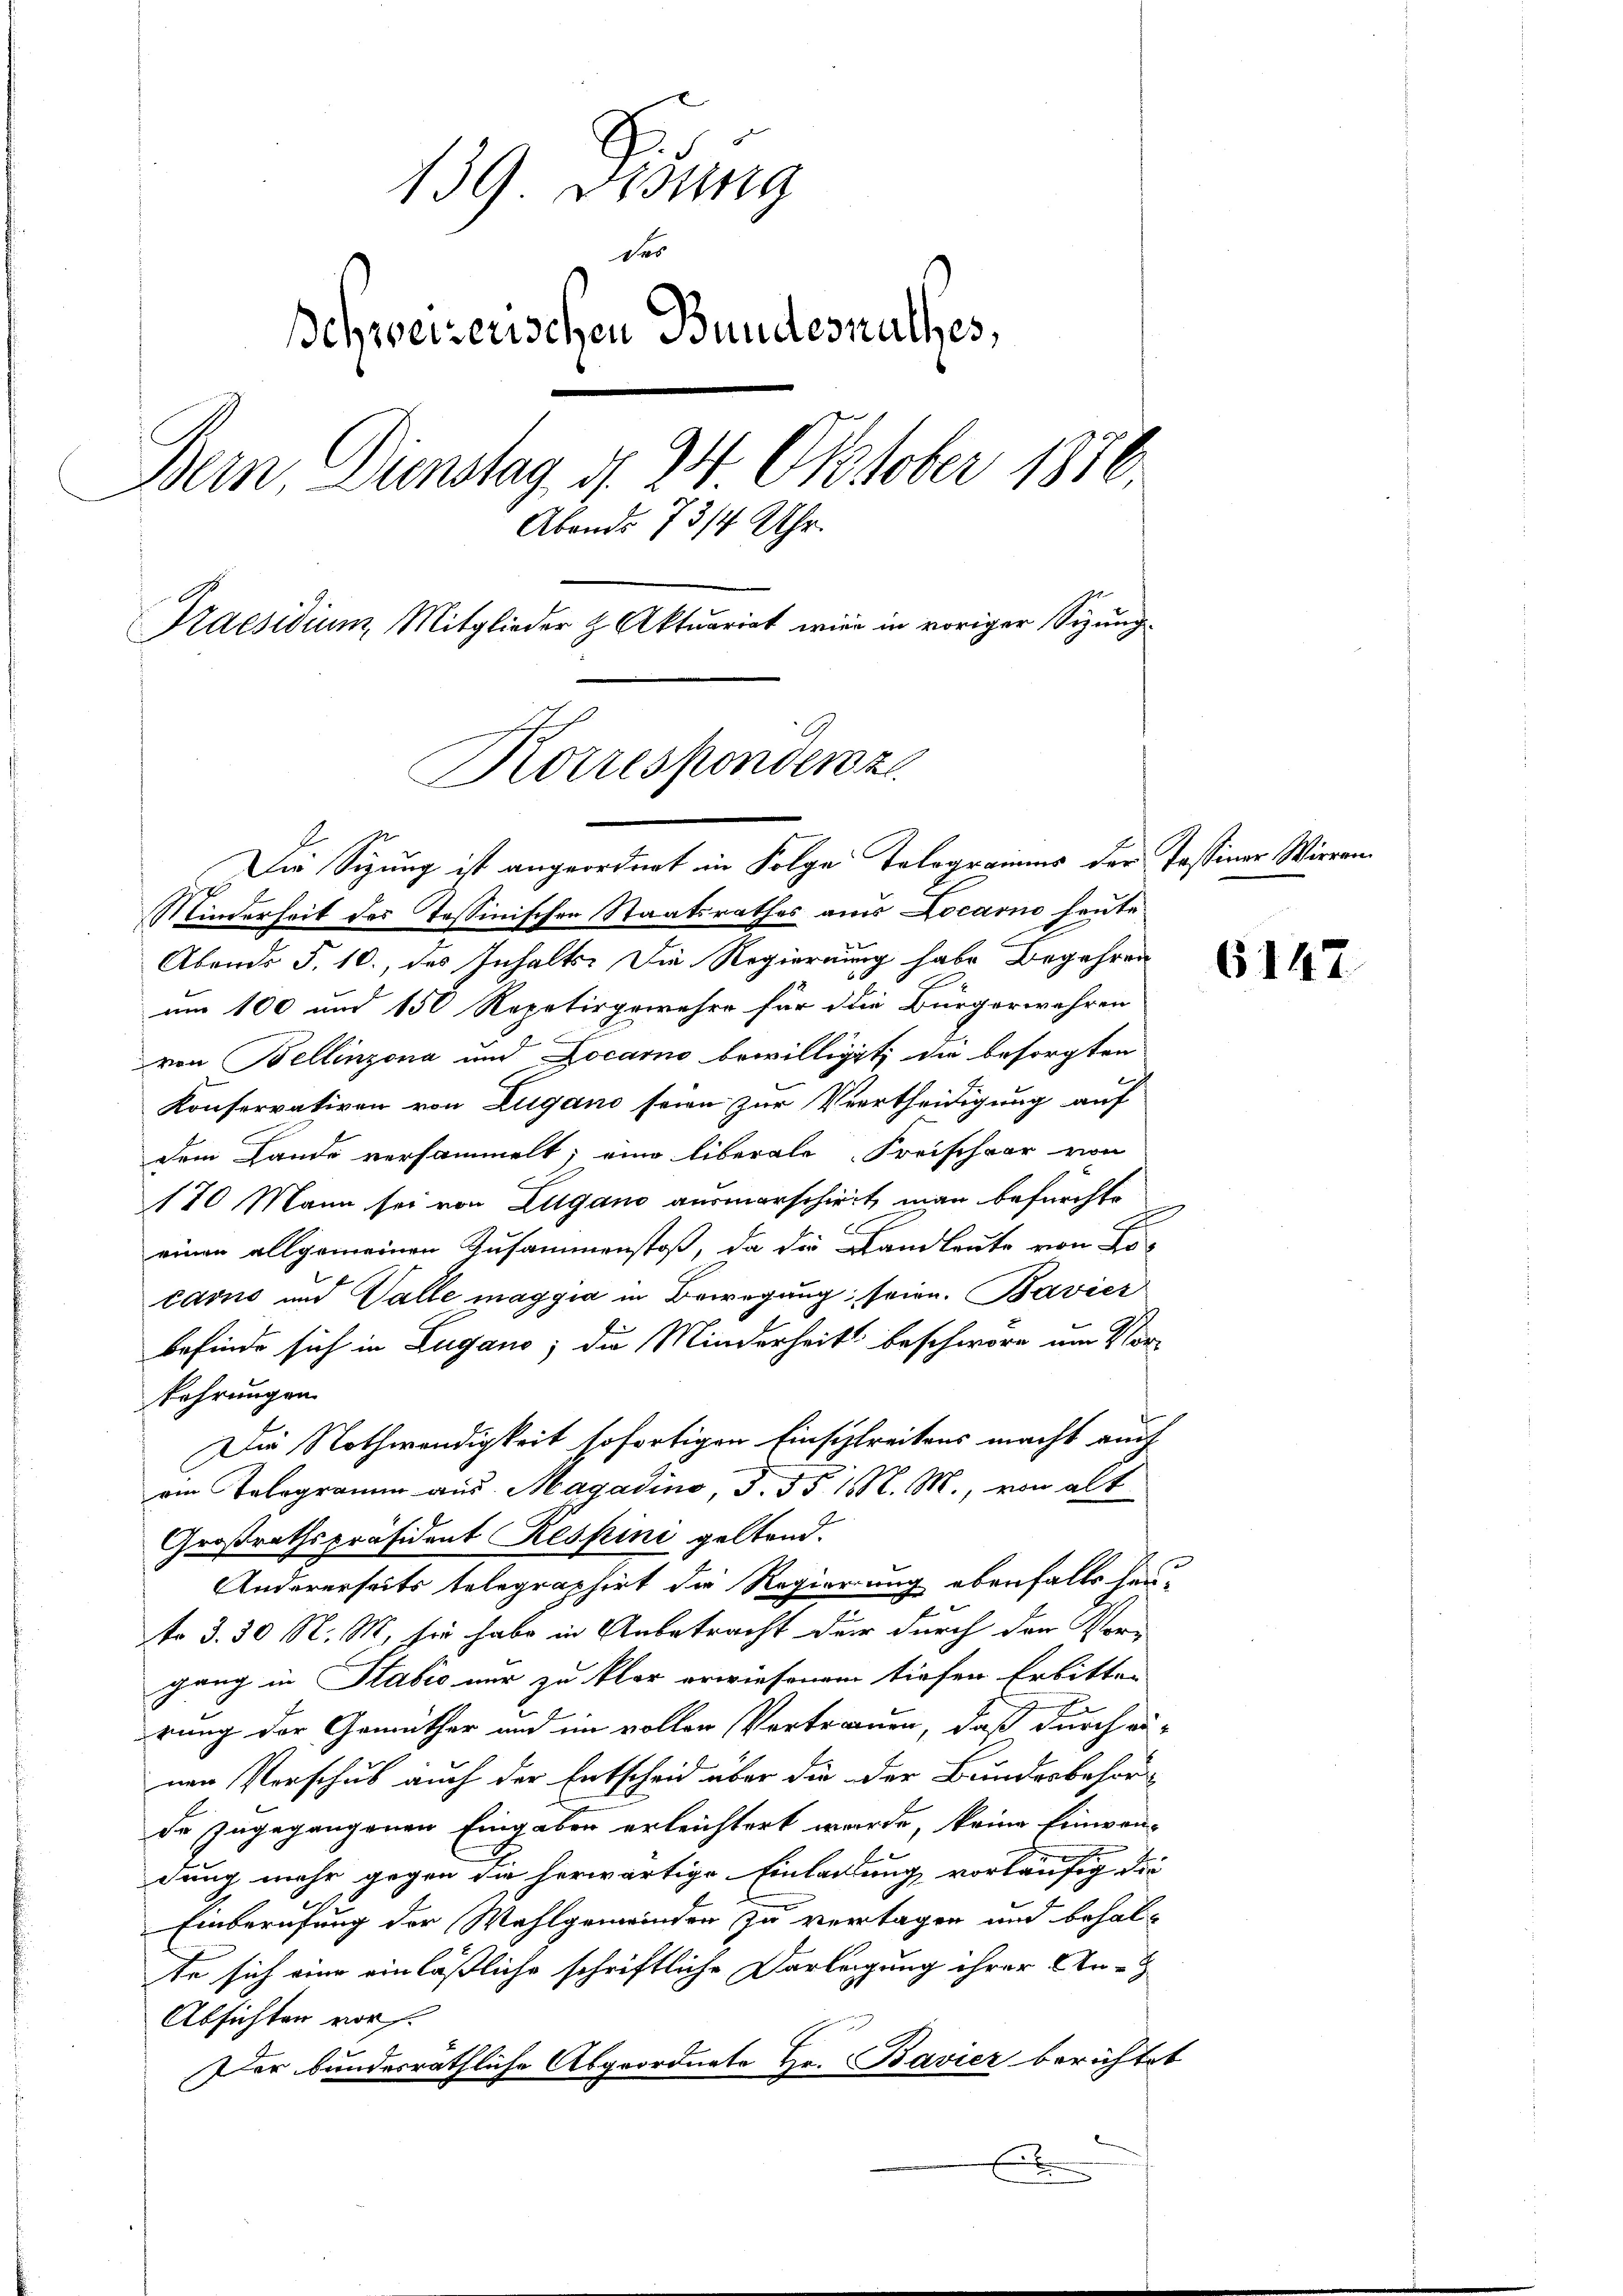
139 Vesung
des
Behweizerischen Bundesrathes,
Bein Dienstag d. 24 Oktober 1876.
Abends 7 3/4 Uhr.
Praesidium, Mitglieder z. Aktuariat wie in voriger Sizung
Korrespondenz

Die Sizung ist angeordnet in Folge Talogramms der Tessiner Wirran
Minderheit des Tessinischen Staatsrathes aus Locarno heute
Abends S. 10. des Inhalt. Die Regierung habe Begehren
um 100 und 150 Repetirgewehre für die Bürgerwehren
von Bellinzona und Locarno bewilliget, die besorgten
Konservativen von Zugano seien zur Vertheidigung auf
dem Lande versammelt; eine liberale Freischaar von
170 Mann sei von Lugano ausmarschiert, man befürchte
einen allgemeinen Zusammenstoß, da die Landleute von Locarno und Valle maggia in Bewegung, seien. Bavier
befinde sich in Lugano; die Minderheit beschwöre um Vor-
fahrungen
Die Nothwendigkeit sofortigen Einsiztreitens macht auch
am Telegramm aus Magadino, S. 551. M., von alt
Großrathspräsident Respini geltend.
Andererseits telegraphirt die Regierung ebenfalls heu-
to 3. 30 N. M. sie habe in Anbetracht der durch den Vor-
gang in Sabić nur zu klar erwiesenem tiefen Erbitten
rung der Gemüther und im vollen Vertrauen, daß durch au-
nen Verschub auch der Entscheid über die der Bundesbehörd
de zugegangenen Eingaben erleichtert wurde, keine Einwendung mehr gegen die herwärtige Einladung vorläufig die
S
Einberufung der Wahlgemeinden zu vertagen und behalte sich eine einläßliche schriftliche Darlegung ihrer An-
Absichten vor.
Der bundesräthliche Abgeordnete Hr. Bavier berichtet
E